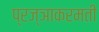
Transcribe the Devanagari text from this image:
प्रज्ञाकरमती